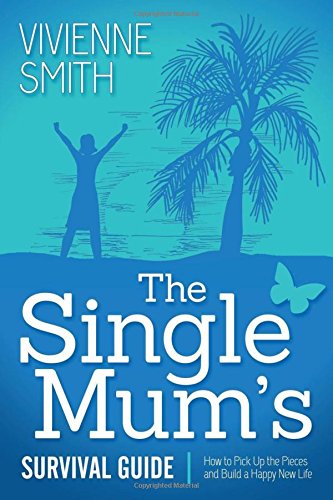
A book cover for The Single Mum's Survival Guide: How to Pick Up the Pieces and Build a Happy New Life; Vivienne Smith; Parenting & Relationships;